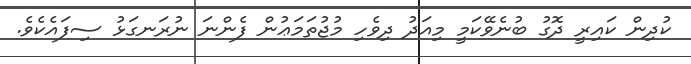
ކުދިން ކައިރީ ދޮގު ބުނެވޭކަމީ މިއަދު ދިވެހި މުޖުތަމަޢުން ފެންނަ ނުރަނގަޅު ސިފައެކެވެ.